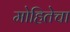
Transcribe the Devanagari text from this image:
मोहितेचा